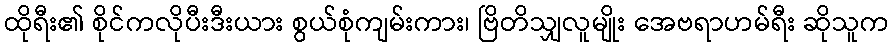
ထိုရီး၏ စိုင်ကလိုပီးဒီးယား စွယ်စုံကျမ်းကား၊ ဗြိတိသျှလူမျိုး အေဗရာဟမ်ရီး ဆိုသူက